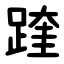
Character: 䠑